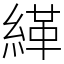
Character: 緙